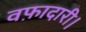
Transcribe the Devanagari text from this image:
वफ़ादारी।